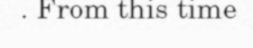
. From this time